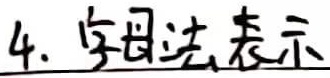
4. 字母法表示